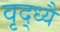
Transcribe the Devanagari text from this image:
वृद्ध्यै